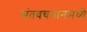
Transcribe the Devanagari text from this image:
संतवचनांनमध्ये